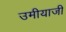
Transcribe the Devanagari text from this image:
उमीयाजी